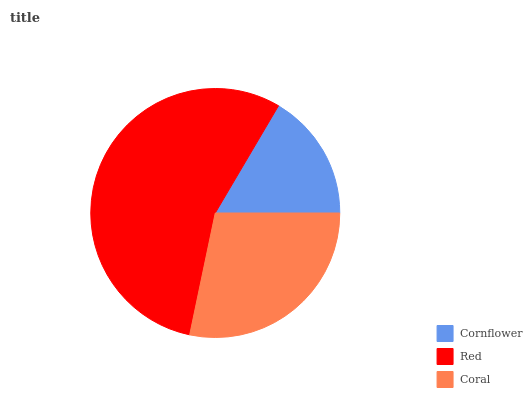
| Cornflower | Red | Coral |
 | --- | --- | --- |
 | 16.5% | 55.2% | 28.3% |